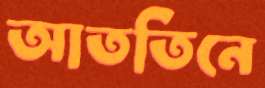
আততিনে